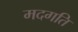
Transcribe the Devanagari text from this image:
मदगति